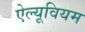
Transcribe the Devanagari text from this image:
ऐल्यूवियम